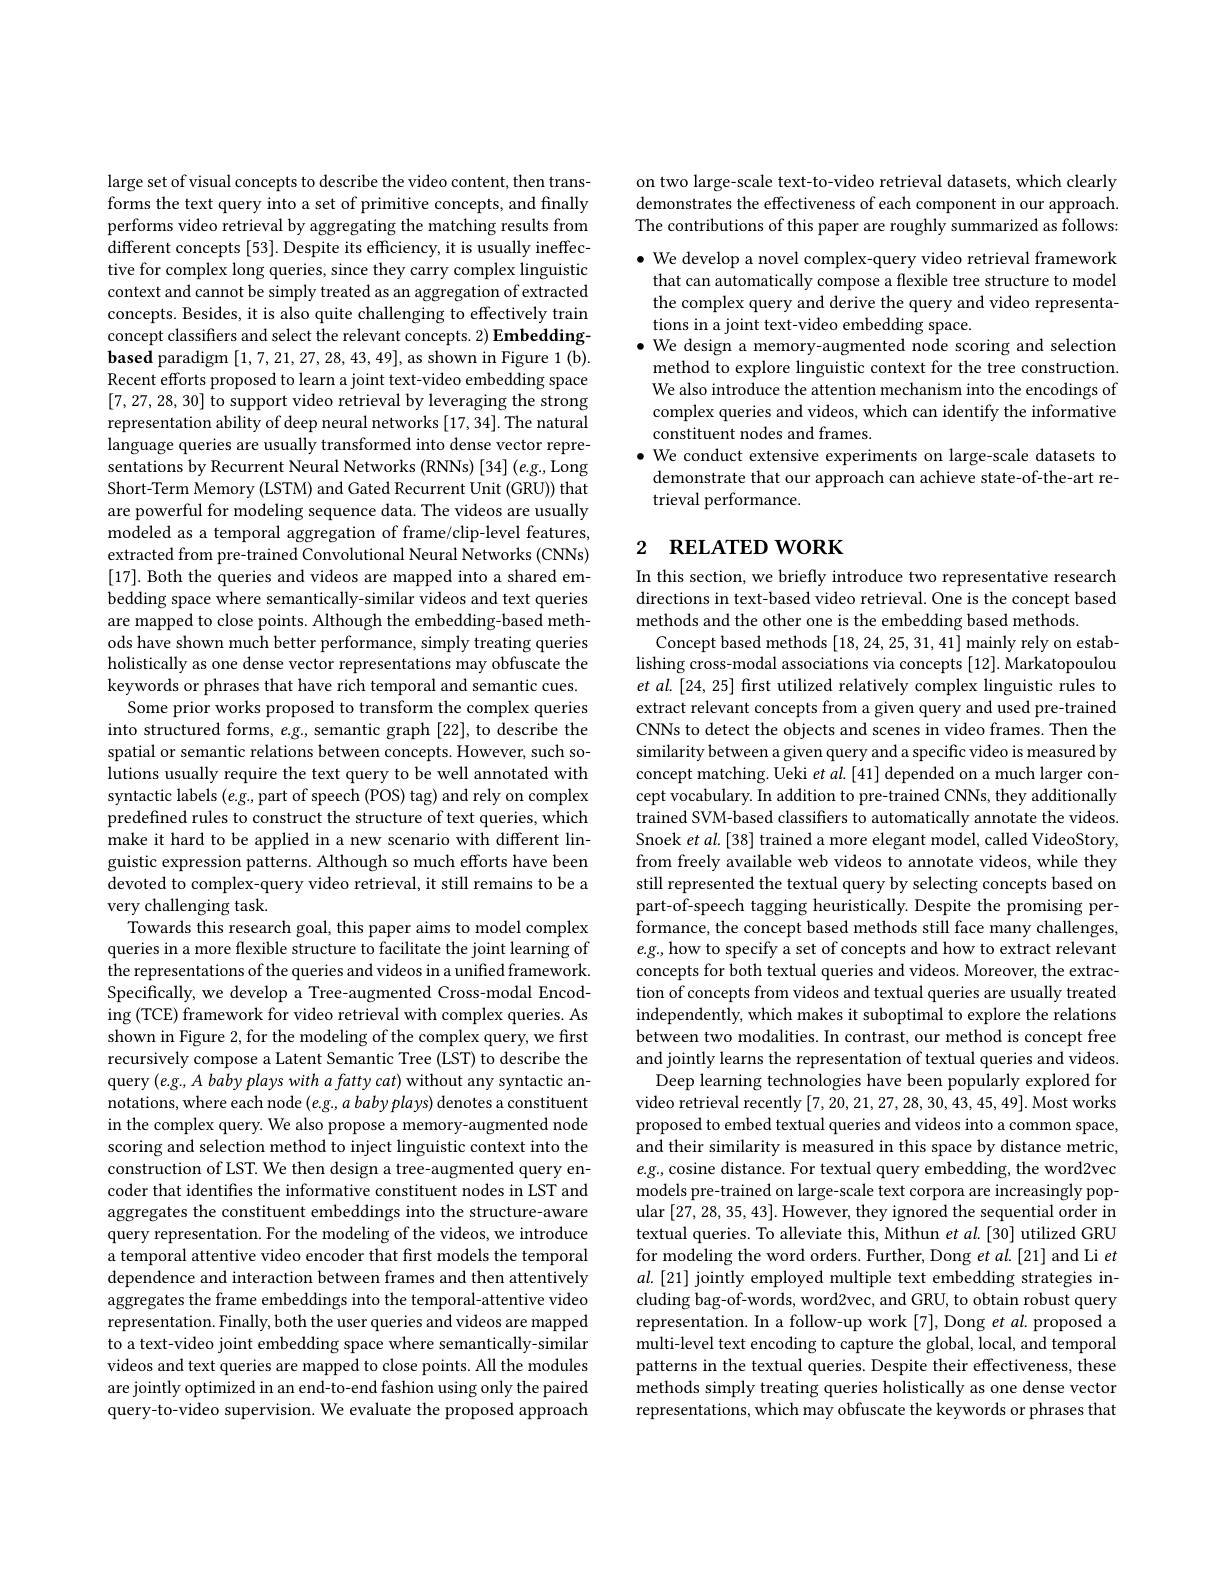
large set of visual concepts to describe the video content, then transforms the text query into a set of primitive concepts, and finally performs video retrieval by aggregating the matching results from different concepts [53]. Despite its efficiency, it is usually ineffective for complex long queries, since they carry complex linguistic context and cannot be simply treated as an aggregation of extracted concepts. Besides, it is also quite challenging to effectively train concept classifiers and select the relevant concepts. 2) Embedding- $\textbf{based paradigm}\left [ 1, 7, 21, 27, 28, 43, 49\right ] $,as shown in Figure 1(b). Recent efforts proposed to learn a joint text-video embedding space [7,27,28,30] to support video retrieval by leveraging the strong representation ability of deep neural networks [17,34].The natural language queries are usually transformed into dense vector representations by Recurrent Neural Networks (RNNs) [34] (e.g., Long Short-Term Memory (LSTM) and Gated Recurrent Unit (GRU)) that are powerful for modeling sequence data. The videos are usually modeled as a temporal aggregation of frame/clip-level features, extracted from pre-trained Convolutional Neural Networks (CNNs) [17]. Both the queries and videos are mapped into a shared embedding space where semantically-similar videos and text queries are mapped to close points. Although the embedding-based methods have shown much better performance, simply treating queries holistically as one dense vector representations may obfuscate the keywords or phrases that have rich temporal and semantic cues.
Some prior works proposed to transform the complex queries into structured forms, $e.g.$ semantic graph [22], to describe the spatial or semantic relations between concepts. However, such solutions usually require the text query to be well annotated with syntactic labels $(e.g.$, part of speech (POS) tag) and rely on complex predefined rules to construct the structure of text queries, which make it hard to be applied in a new scenario with different linguistic expression patterns. Although so much efforts have been devoted to complex-query video retrieval, it still remains to be a very challenging task.
Towards this research goal, this paper aims to model complex queries in a more flexible structure to facilitate the joint learning of the representations of the queries and videos in a unified framework. Specifically, we develop a Tree-augmented Cross-modal Encoding (TCE) framework for video retrieval with complex queries. As shown in Figure 2, for the modeling of the complex query, we first recursively compose a Latent Semantic Tree (LST) to describe the query $( e. g. , A\textit{ baby plays with a fatty cat) without any syntactic an- }$ notations, where each node $( e. g. , a\textit{ baby plays) denotes a constituent}$ in the complex query. We also propose a memory-augmented node scoring and selection method to inject linguistic context into the construction of LST. We then design a tree-augmented query encoder that identifes the informative constituent nodes in LST and aggregates the constituent embeddings into the structure-aware query representation. For the modeling of the videos, we introduce a temporal attentive video encoder that frst models the temporal dependence and interaction between frames and then attentively aggregates the frame embeddings into the temporal-attentive video representation. Finally, both the user queries and videos are mapped to a text-video joint embedding space where semantically-similar videos and text queries are mapped to close points. All the modules are jointly optimized in an end-to-end fashion using only the paired query-to-video supervision. We evaluate the proposed approach

on two large-scale text-to-video retrieval datasets, which clearly demonstrates the effectiveness of each component in our approach. The contributions of this paper are roughly summarized as follows: $\bullet$ We develop a novel complex-query video retrieval framework that can automatically compose a flexible tree structure to model the complex query and derive the query and video representations in a joint text-video embedding space.
$\bullet$ We design a memory-augmented node scoring and selection
method to explore linguistic context for the tree construction. We also introduce the attention mechanism into the encodings of complex queries and videos, which can identify the informative constituent nodes and frames.
$\bullet$ We conduct extensive experiments on large-scale datasets to
demonstrate that our approach can achieve state-of-the-art re-
trieval performance.

# 2 RELATED WORK

In this section, we briefly introduce two representative research directions in text-based video retrieval. One is the concept based methods and the other one is the embedding based methods
Concept based methods [18,24,25,31,41] mainly rely on establishing cross-modal associations via concepts [12]. Markatopoulou et al. [24, 25] first utilized relatively complex linguistic rules to extract relevant concepts from a given query and used pre-trained CNNs to detect the objects and scenes in video frames. Then the similarity between a given query and a specific video is measured by concept matching. Ueki et al.[41] depended on a much larger concept vocabulary. In addition to pre-trained CNNs, they additionally trained SVM-based classifiers to automatically annotate the videos. Snoek $etal.[38]$ trained a more elegant model, called VideoStory, from freely available web videos to annotate videos, while they still represented the textual query by selecting concepts based on part-of-speech tagging heuristically. Despite the promising performance, the concept based methods still face many challenges $e.g.$, how to specify a set of concepts and how to extract relevant concepts for both textual queries and videos. Moreover, the extraction of concepts from videos and textual queries are usually treated independently, which makes it suboptimal to explore the relations between two modalities. In contrast, our method is concept free and jointly learns the representation of textual queries and videos
Deep learning technologies have been popularly explored for video retrieval recently [7,20,21,27,28,30,43,45,49]. Most works proposed to embed textual queries and videos into a common space, and their similarity is measured in this space by distance metric $e.g.$,cosine distance. For textual query embedding, the word2vec models pre-trained on large-scale text corpora are increasingly popular [ 27, 28, 35, 43] . However, they ignored the sequential order in textual queries. To alleviate this, Mithun $et\textit{al. [ 30] utilized GRU}$ for modeling the word orders. Further, Dong et al.[21] and Li et $al.[21]$ jointly employed multiple text embedding strategies including bag-of-words, word2vec, and GRU, to obtain robust query representation. In a follow-up work [7], Dong $et\textit{al. proposed a}$ multi-level text encoding to capture the global, local, and temporal patterns in the textual queries. Despite their effectiveness, these methods simply treating queries holistically as one dense vector representations, which may obfuscate the keywords or phrases that